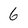
Character: 6